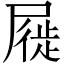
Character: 屣